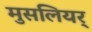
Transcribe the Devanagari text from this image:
मुसलियर्